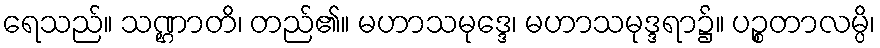
ရေသည်။ သဏ္ဌာတိ၊ တည်၏။ မဟာသမုဒ္ဒေ၊ မဟာသမုဒ္ဒရာ၌။ ပဉ္စတာလမ္ပိ၊